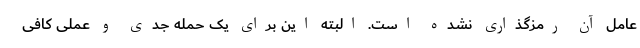
عامل آن رمزگذاری نشده است. البته این برای یک حمله جدی و عملی کافی